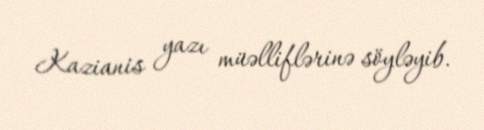
Kazianis yazı müəlliflərinə söyləyib.